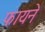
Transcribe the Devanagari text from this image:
फायने